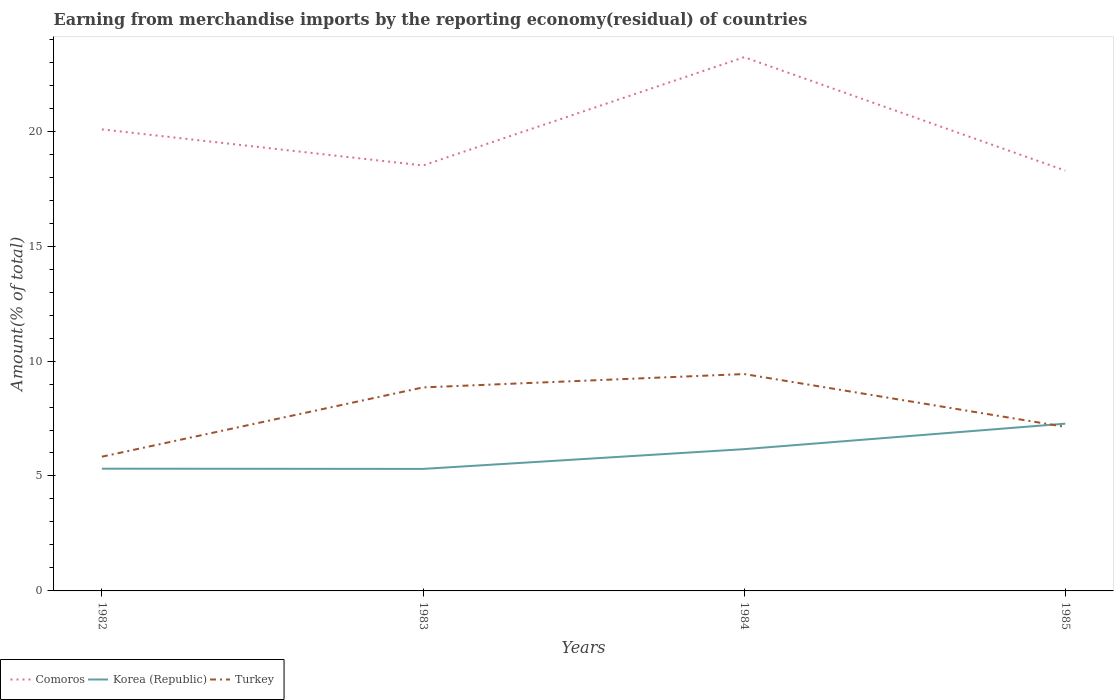
| Years | Comoros | Korea (Republic) | Turkey |
 | --- | --- | --- | --- |
 | 1982 | 20.1 | 5.32 | 5.84 |
 | 1983 | 18.5 | 5.31 | 8.85 |
 | 1984 | 23.2 | 6.17 | 9.43 |
 | 1985 | 18.3 | 7.28 | 7.14 |